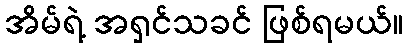
အိမ်ရဲ့ အရှင်သခင် ဖြစ်ရမယ်။